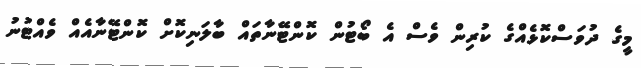
މީގެ ދުވަސްކޮޅެއްގެ ކުރިން ވެސް އެ ބޯޓުން ކޮންޓޭނާތައް ބާލަނިކޮށް ކޮންޓޭނާއެއް ވެއްޓުނު